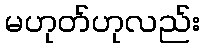
မဟုတ်ဟုလည်း